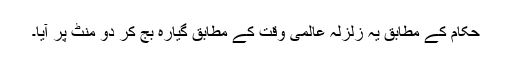
حکام کے مطابق یہ زلزلہ عالمی وقت کے مطابق گیارہ بج کر دو منٹ پر آیا۔